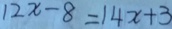
1 2 x - 8 = 1 4 x + 3